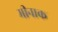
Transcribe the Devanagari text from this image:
मीनाक